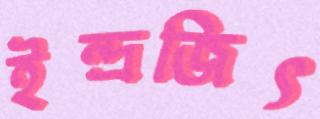
ইন্দ্রজিৎ